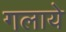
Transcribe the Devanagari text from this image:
गलाये